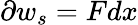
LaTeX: \partial w_{s}=Fdx